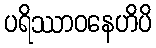
ပရိဿာဝနေဟိပိ